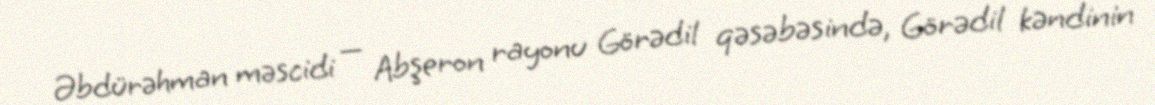
Əbdürəhman məscidi — Abşeron rayonu Görədil qəsəbəsində, Görədil kəndinin